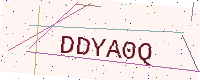
Text: DDYA0Q